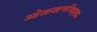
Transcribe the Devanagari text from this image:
ओळखणीबद्दल